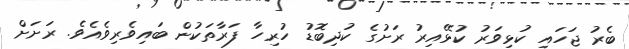
ބެރު ޖަހައި ކުޅިވަރު ކުޅޭއިރު ރަށުގެ ކުދިބޮޑު ހުރިހާ ފަރާތަކުން ބައިވެރިވެއެވެ. ރަށަށް